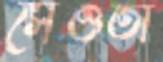
সেওতা